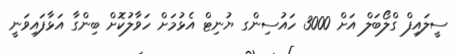
ސީލައިފް ގްލޯބަލް އަށް 3000 ހައުސިންގ ޔުނިޓް އެޅުމަށް ހަވާލުކޮށް ބިންގާ އަޅާފައިވަނީ